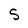
Character: S